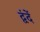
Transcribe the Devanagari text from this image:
द्वंदें